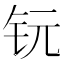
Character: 𮷸